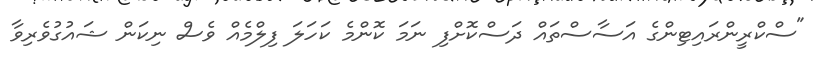
"ސްކްރީންރައިޓިންގެ އަސާސްތައް ދަސްކޮށްފި ނަމަ ކޮންމެ ކަހަލަ ފިލްމެއް ވެސް ނިކަން ޝައުގުވެރިވާ